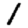
Digit: 1